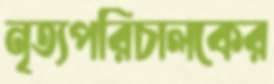
নৃত্যপরিচালকের